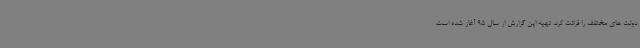
دولت های مختلف را قرائت کرد. تهیه این گزارش از سال 95 آغاز شده است.